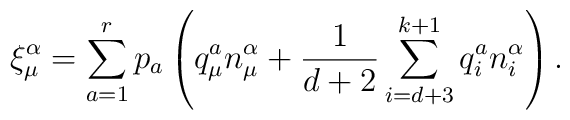
\xi _{\mu }^{\alpha }=\sum_{a=1}^{r}p_{a}\left( q_{\mu }^{a}n_{\mu}^{\alpha }+\frac{1}{d+2}\sum_{i=d+3}^{k+1}q_{i}^{a}n_{i}^{\alpha}\right).